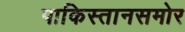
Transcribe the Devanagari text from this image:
पाकिस्तानसमोर